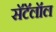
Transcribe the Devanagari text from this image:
सॅटॅलॉल